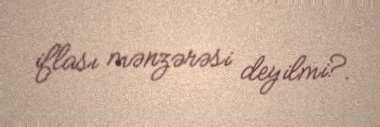
iflası mənzərəsi deyilmi?.